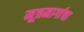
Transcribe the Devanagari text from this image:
मूत्रमार्गाचा